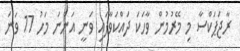
ރާޖަޕަކްސާ މި މޭރުމުން ވާހަކަ ދައްކަވާފައި ވަނީ އަންނަ މަހު 17 ވަނަ